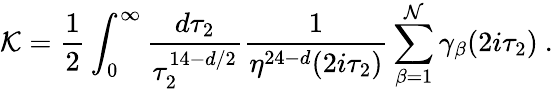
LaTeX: {\cal K}={\frac{1}{2}}\int_{0}^{\infty}{\frac{d\tau_{2}}{\tau_{2}^{14-d/2}}}{\frac{1}{\eta^{24-d}(2i\tau_{2})}}\sum_{\beta=1}^{\cal N}\gamma_{\beta}(2i\tau_{2})\ .